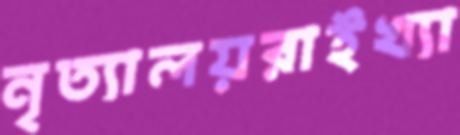
নৃত্যালয়রাইখ্যা